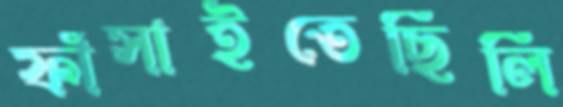
ফাঁসাইতেছিলি